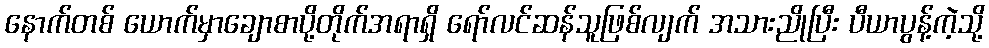
နောက်တစ် ယောက်မှာချောစာပို့တိုက်အရာရှိ ရော်လင်ဆန်သူဖြစ်လျက် အသားညိုပြီး ပီယာပွန့်ကဲ့သို့